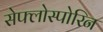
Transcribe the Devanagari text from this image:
सेफ्लोस्पोरिन